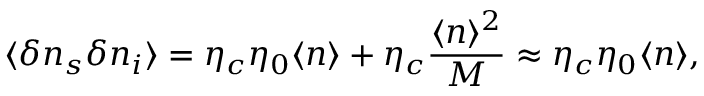
\langle \delta n _ { s } \delta n _ { i } \rangle = \eta _ { c } \eta _ { 0 } \langle n \rangle + \eta _ { c } \frac { \langle n \rangle ^ { 2 } } { M } \approx \eta _ { c } \eta _ { 0 } \langle n \rangle ,